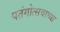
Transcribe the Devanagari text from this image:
पतंगोत्सवाच्या